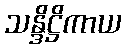
သန္ဒိဋ္ဌိကာယ